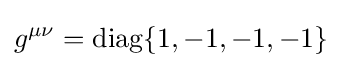
g^{\mu \nu }={\rm {{diag}\{1,-1,-1,-1\}}}